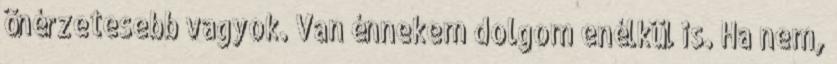
önérzetesebb vagyok. Van énnekem dolgom enélkül is. Ha nem,